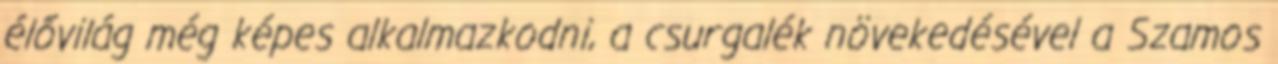
élővilág még képes alkalmazkodni, a csurgalék növekedésével a Szamos